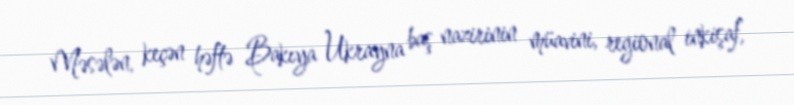
Məsələn, keçən həftə Bakıya Ukrayna baş nazirinin müavini, regional inkişaf,